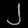
Digit: ၂